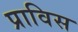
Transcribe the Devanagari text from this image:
प्राविस